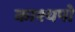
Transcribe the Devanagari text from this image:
काश्यपो